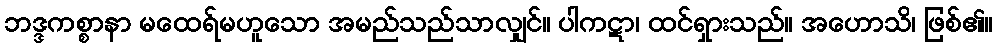
ဘဒ္ဒကစ္စာနာ မထေရ်မဟူသော အမည်သည်သာလျှင်။ ပါကဋာ၊ ထင်ရှားသည်။ အဟောသိ၊ ဖြစ်၏။